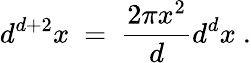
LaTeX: d^{d+2}x~=~\frac{2\pi x^{2}}{d}d^{d}x~.